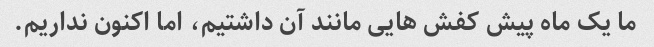
ما یک ماه پیش کفش هایی مانند آن داشتیم، اما اکنون نداریم.